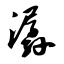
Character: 潺